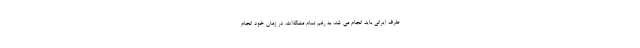
طرف ایرانی باید انجام می شد، به رغم تمام مشکلات، در زمان خود انجام